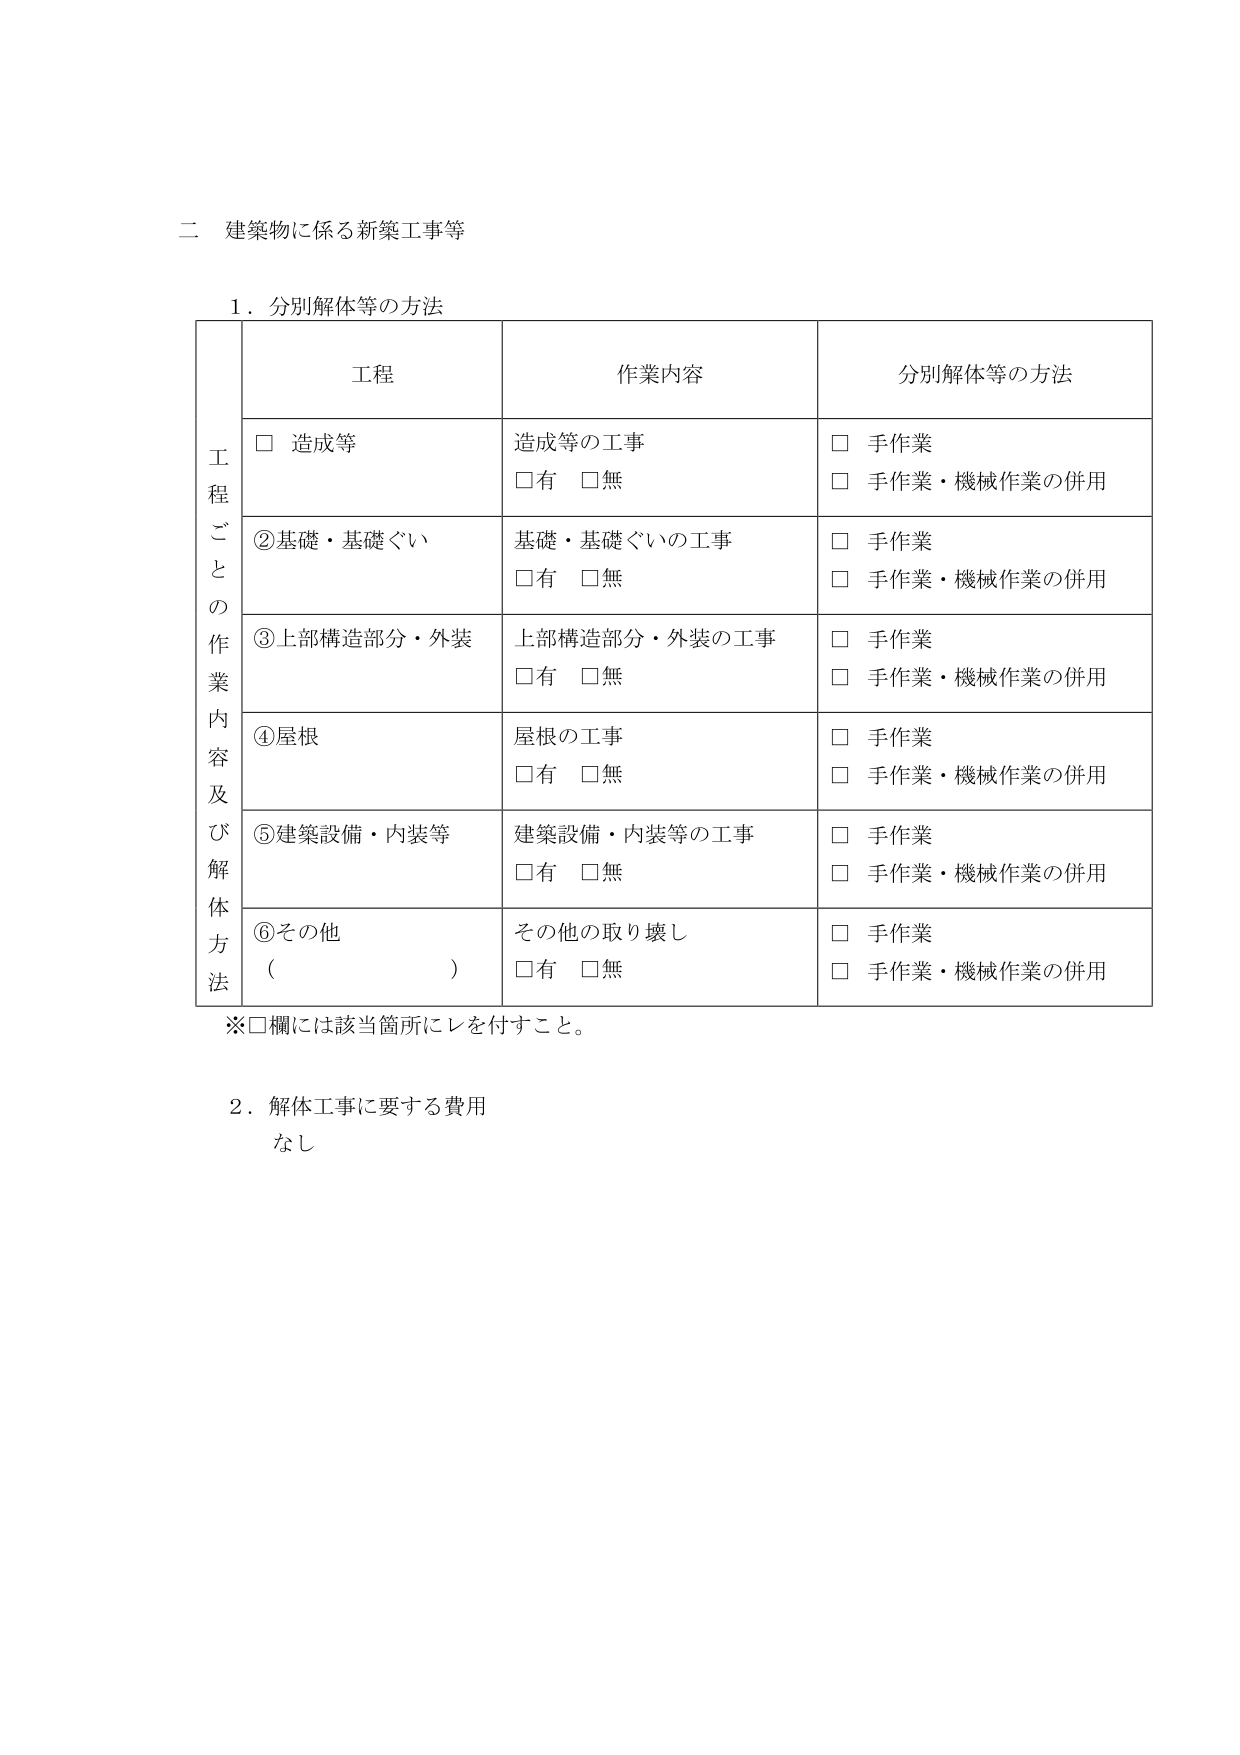
二 建築物に係る新築工事等

１．分別解体等の方法

工程ごとの作業内容及び解体方法

工程 作業内容 分別解体等の方法

□ 造成等 造成等の工事 □ 手作業
□有 □無 □ 手作業・機械作業の併用

②基礎・基礎ぐい 基礎・基礎ぐいの工事 □ 手作業
□有 □無 □ 手作業・機械作業の併用

③上部構造部分・外装 上部構造部分・外装の工事 □ 手作業
□有 □無 □ 手作業・機械作業の併用

④屋根 屋根の工事 □ 手作業
□有 □無 □ 手作業・機械作業の併用

⑤建築設備・内装等 建築設備・内装等の工事 □ 手作業
□有 □無 □ 手作業・機械作業の併用

⑥その他 （　　　　　　　） その他の取り壊し □ 手作業
□有 □無 □ 手作業・機械作業の併用

※□欄には該当箇所にレを付すこと。

２．解体工事に要する費用
なし